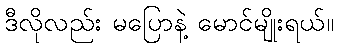
ဒီလိုလည်း မပြောနဲ့ မောင်မျိုးရယ်။